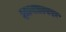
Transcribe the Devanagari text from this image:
ज्ञानतत्परः